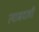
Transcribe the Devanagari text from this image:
त्याबदली